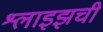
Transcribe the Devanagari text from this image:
श्लाइझची